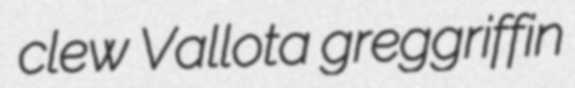
clew Vallota greggriffin